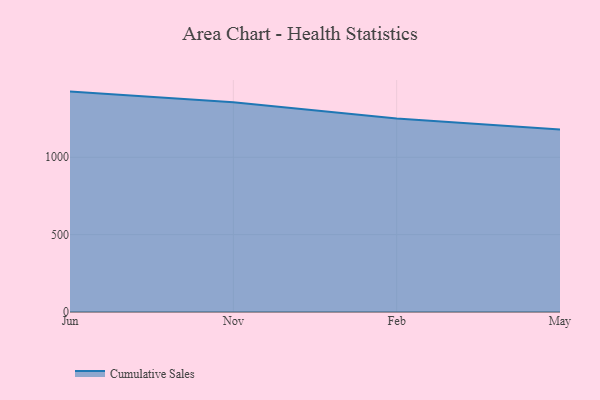
{"axis": {"x": "Month", "y": "Temperature (°C)"}, "legend": ["Cumulative Sales"], "data": [{"x": "Jun", "y": 1424.2, "type": "Cumulative Sales"}, {"x": "Nov", "y": 1354.7, "type": "Cumulative Sales"}, {"x": "Feb", "y": 1250.0, "type": "Cumulative Sales"}, {"x": "May", "y": 1179.6, "type": "Cumulative Sales"}]}